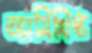
অ্যামিথিস্ট